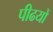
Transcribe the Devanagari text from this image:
पीढयों